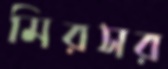
মিরসর